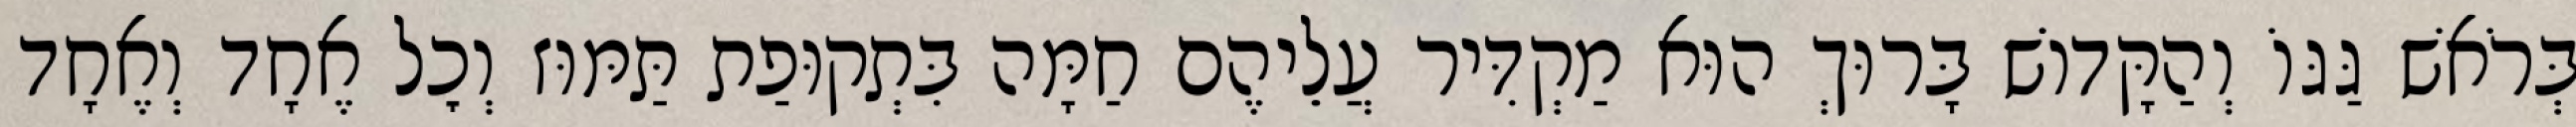
בְּרֹאשׁ גַּגּוֹ וְהַקָּדוֹשׁ בָּרוּךְ הוּא מַקְדִּיר עֲלֵיהֶם חַמָּה בִּתְקוּפַת תַּמּוּז וְכׇל אֶחָד וְאֶחָד